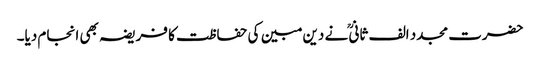
حضرت مجدد الف ثانیؒ نے دین مبین کی حفاظت کا فریضہ بھی انجام دیا۔